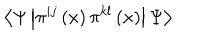
LaTeX: \left\langle \Psi \left| \pi ^ { i j } \left( x \right) \pi ^ { k l } \left( x \right) \right| \Psi \right\rangle